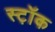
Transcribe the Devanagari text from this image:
स्ट़ॉक